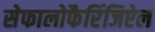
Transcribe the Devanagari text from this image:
सेफालोफैरिंजिऐल